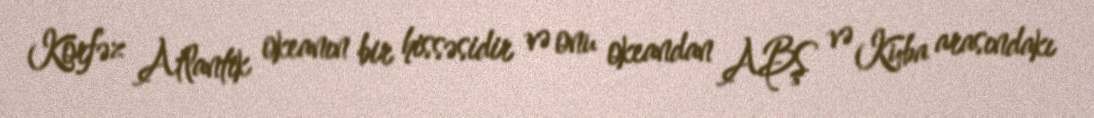
Körfəz Atlantik okeanın bir hissəsidir və onu okeandan ABŞ və Kuba arasındakı